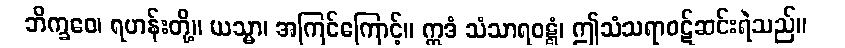
ဘိက္ခဝေ၊ ရဟန်းတို့။ ယသ္မာ၊ အကြင်ကြောင့်။ ဣဒံ သံသာရဝဋ္ဋံ၊ ဤသံသရာဝဋ်ဆင်းရဲသည်။